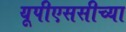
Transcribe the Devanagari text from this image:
यूपीएससीच्या